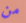
من